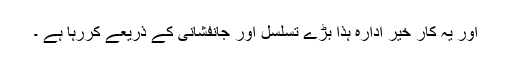
اور یہ کار خیر ادارۂ ہٰذا بڑے تسلسل اور جانفشانی کے ذریعے کررہا ہے ۔